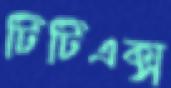
টিটিএক্স